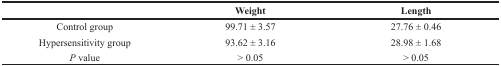
<table><thead><tr><td></td><td><b>Weight</b></td><td><b>Length</b></td></tr></thead><tbody><tr><td>Control group</td><td>99.71 ± 3.57</td><td>27.76 ± 0.46</td></tr><tr><td>Hypersensitivity group</td><td>93.62 ± 3.16</td><td>28.98 ± 1.68</td></tr><tr><td><i>P</i> value</td><td>&gt; 0.05</td><td>&gt; 0.05</td></tr></tbody></table>